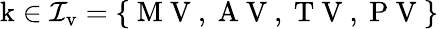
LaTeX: {\mathrm{k}}\in\mathcal{I}_{\mathrm v}=\left\{ \mathrm{~M~V~,~A~V~,~T~V~,~P~V~}\right\}